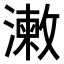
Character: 𣿊